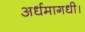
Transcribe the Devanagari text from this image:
अर्धमागधी।